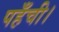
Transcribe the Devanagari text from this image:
पहँची।